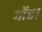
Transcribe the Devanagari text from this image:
गोंड।